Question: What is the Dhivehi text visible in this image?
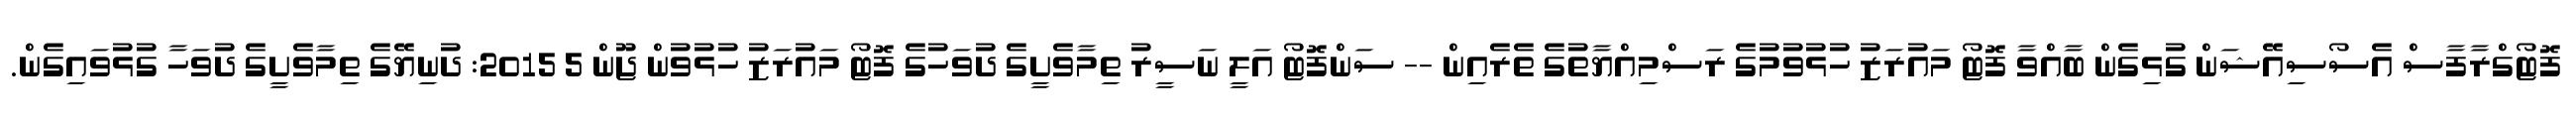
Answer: ފޮޓޯގްރާފާސް އެސޯސިއޭޝަން ގުޅިގެން ބާއްވާ ފޮޓޯ މައުރަޒު ހުޅުވުމުގެ ރަސްމިއްޔާތުގެ ތެރެއިން -- ސަންފޮޓޯ އަލީ ނަސީރު ތިމާވެށީގެ ދުވަހުގެ ފޮޓޯ މައުރަޒު ހުޅުވުން ޖޫން 5 2015: ދުނިޔޭގެ ތިމާވެށީގެ ދުވަހާ ގުޅުވައިގެން.